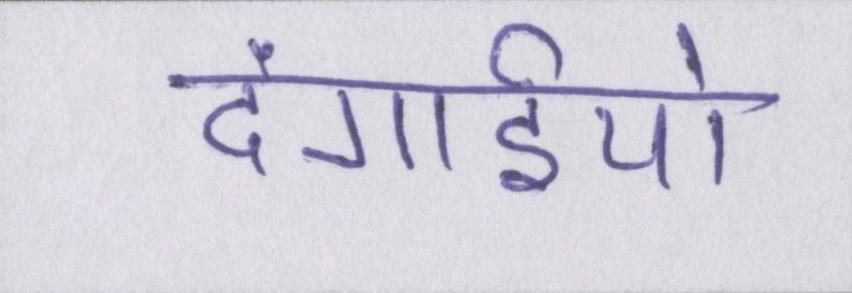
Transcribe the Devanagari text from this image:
दंगाईयो